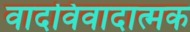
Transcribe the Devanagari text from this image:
वादविवादात्मक